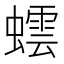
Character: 𮔻